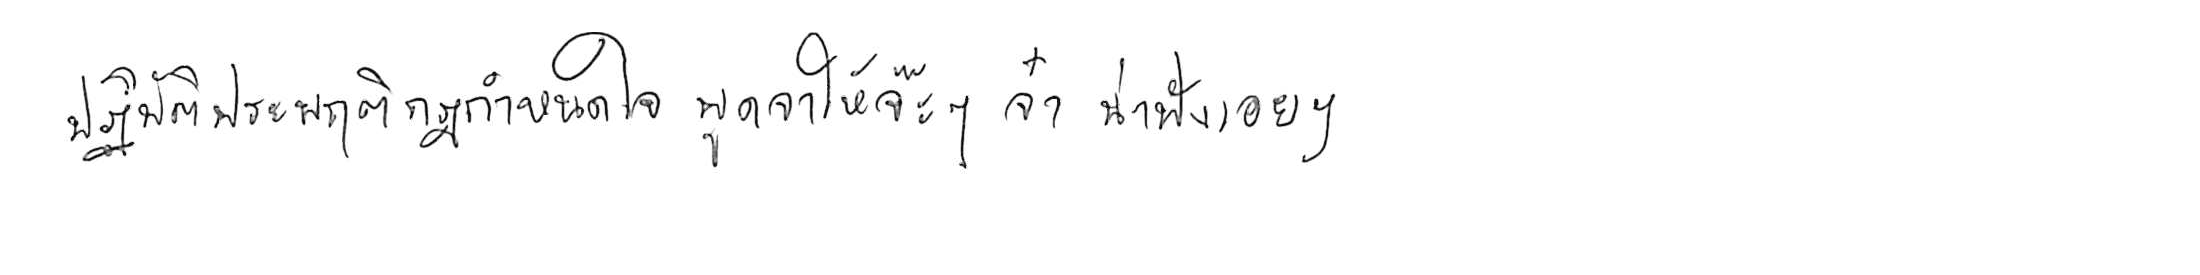
ปฏิบัติประพฤติกฎกำหนดใจ พูดจาให้จ๊ะๆ จ๋า น่าฟังเอยฯ